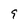
Character: 9